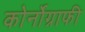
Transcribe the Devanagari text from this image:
कोर्नोग्राफी